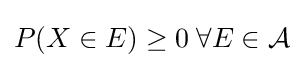
P(X\in E)\geq 0\;\forall E\in {\mathcal {A}}